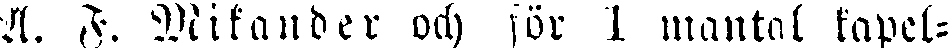
A. F. Wikander och för 1 mantal kapel-